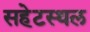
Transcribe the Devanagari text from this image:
सहेटस्थल